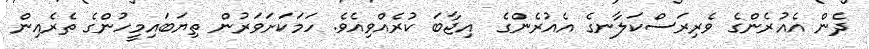
ދެން އެއުރެންގެ ވެރިރަސްކަލާނގެ އެއުރެންގެ  އިޖާބަ ކުރެއްވިއެވެ. ހަމަކަށަވަރުން ތިޔަބައިމީހުންގެ ތެރެއިން